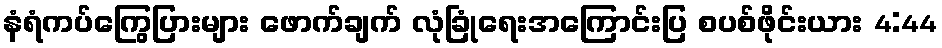
နံရံကပ်ကြွေပြားများ ဖောက်ချက် လုံခြုံရေးအကြောင်းပြ စပစ်ဖိုင်းယား 4:44